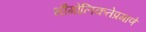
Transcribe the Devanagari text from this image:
भौगोलिकतेप्रमाणे